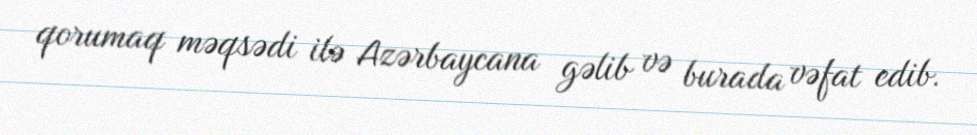
qorumaq məqsədi ilə Azərbaycana gəlib və burada vəfat edib.